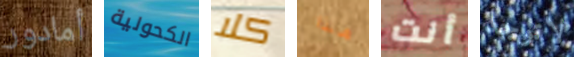
أمادور الكحولية كلا هذا أنت لاتوجد